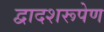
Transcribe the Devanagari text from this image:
द्वादशरूपेण